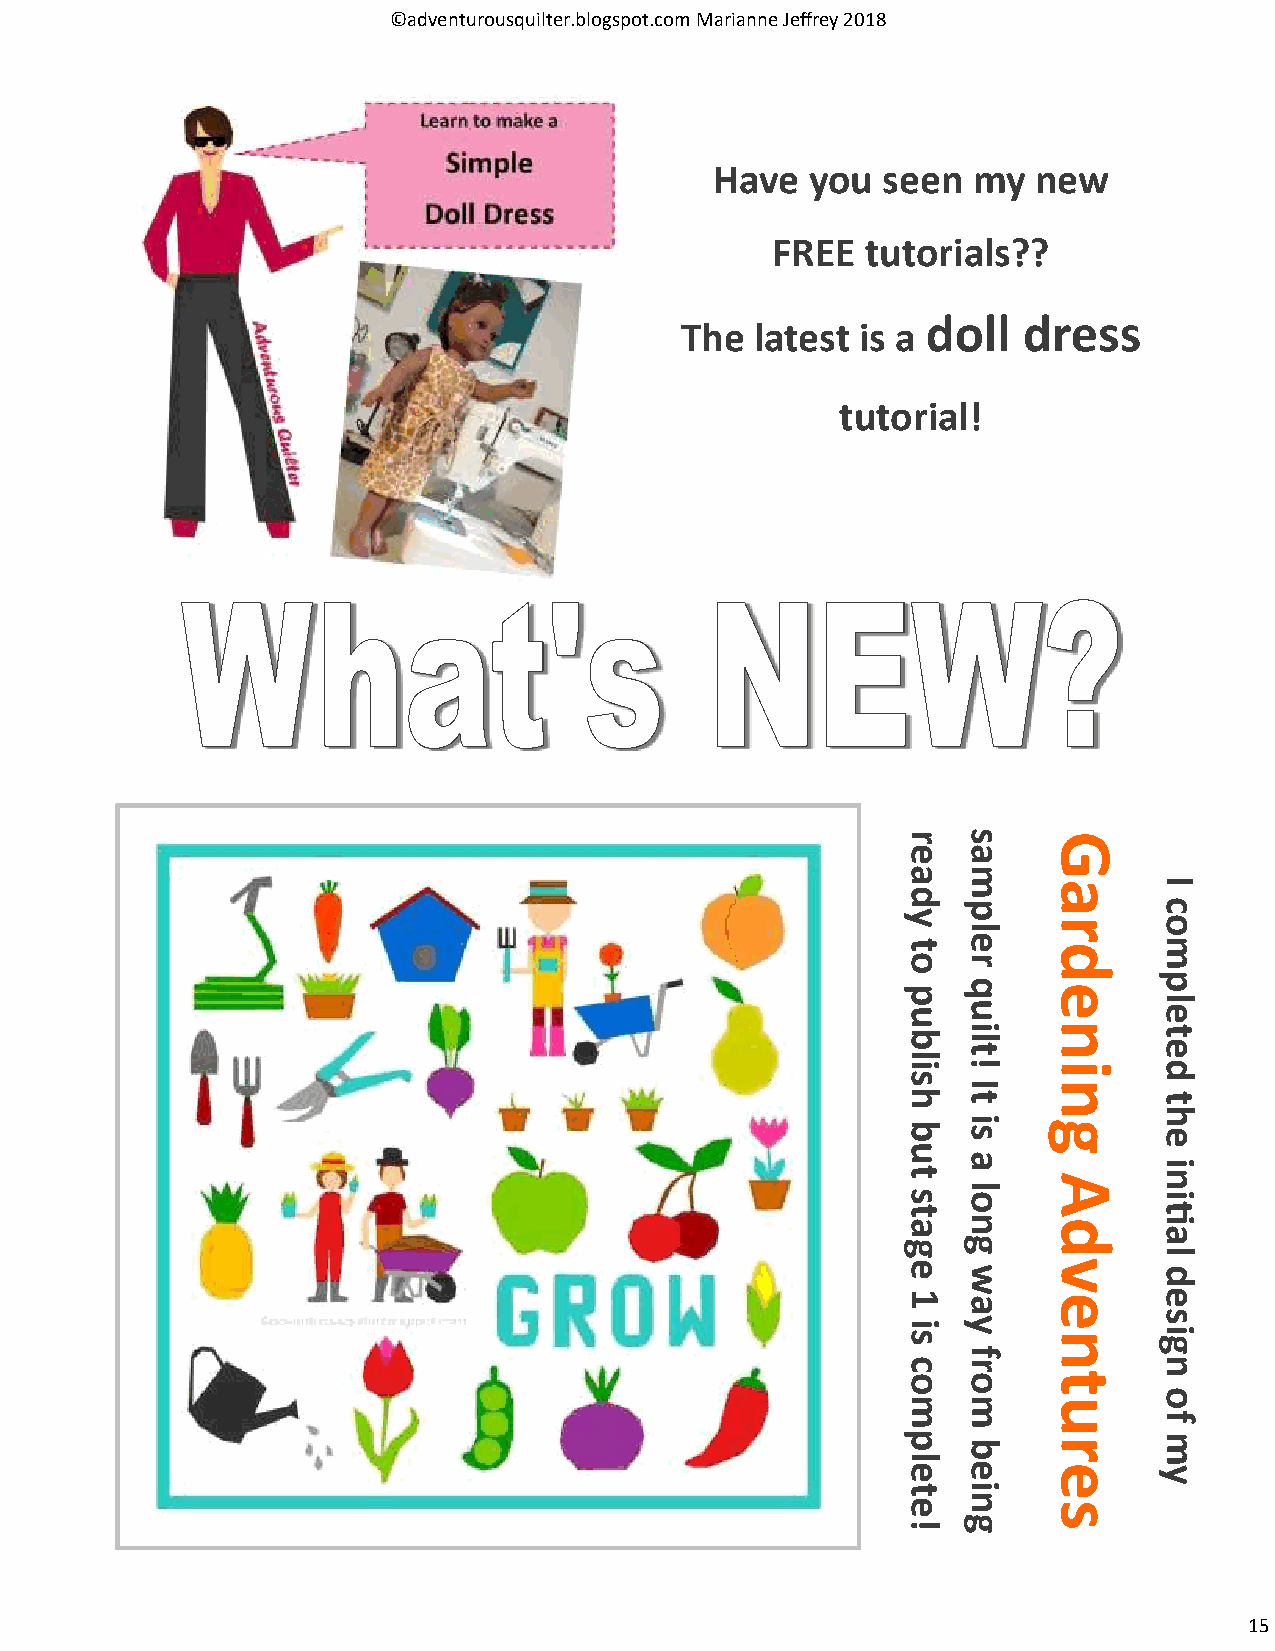
©adventurousquilter.blogspot.com Marianne Jeffrey 2018
 Have   you seen  my   new
 FREE  tutorials??
 doll   dress
 The  latest is a
 tutorial!
 r   s    G
 e   a
 a   m
 a       I
 d
 p            c
 y   l    r       o
 t   e    d       m
 o   r
 p   q    e
 p
 u
 u            el
 b   tli  n       et
 il  !    i       d
 s
 I    n
 h   t            t
 b   si   g
 eh
 u
 a
 i
 t        A       n
 l
 s   o            i
 t                ti
 a   n    d       a
 g   g            l
 e        v
 w            d
 1   a    e       e
 si  y
 n
 gis
 f
 c   r            n
 o   o    t
 o
 m   m    u
 f
 p   b    r       m
 l
 e   e    e       y
 t   i
 e   n    s
 !   g
 15